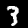
Digit: 3